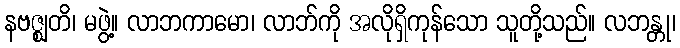
နဗဇ္ဈတိ၊ မဖွဲ့။ လာဘကာမော၊ လာဘ်ကို အလိုရှိကုန်သော သူတို့သည်။ လဘန္တု၊